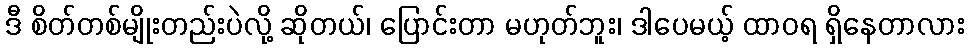
ဒီ စိတ်တစ်မျိုးတည်းပဲလို့ ဆိုတယ်၊ ပြောင်းတာ မဟုတ်ဘူး၊ ဒါပေမယ့် ထာဝရ ရှိနေတာလား